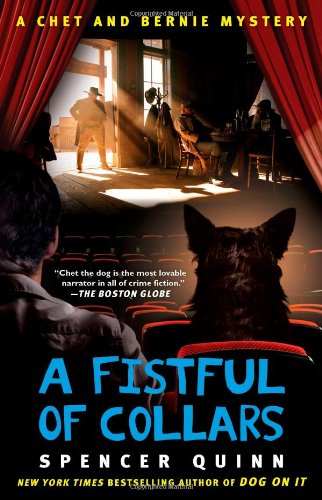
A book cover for A Fistful of Collars: A Chet and Bernie Mystery (The Chet and Bernie Mystery Series); Spencer Quinn; Mystery, Thriller & Suspense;